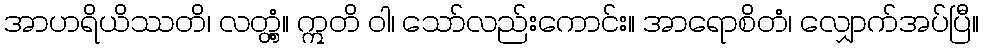
အာဟရိယိဿတိ၊ လတ္တံ့။ ဣတိ ဝါ၊ သော်လည်းကောင်း။ အာရောစိတံ၊ လျှောက်အပ်ပြီ။